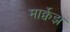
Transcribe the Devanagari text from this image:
मार्क्वेझ